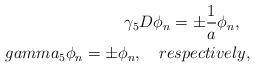
\begin{align*}\gamma_{5}D\phi_{n}= \pm \frac{1}{a}\phi_{n}, \ \ \\gamma_{5}\phi_{n} = \pm \phi_{n},\ \ \ respectively,\end{align*}